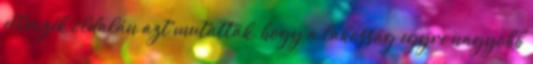
ellenzék oldalán azt mutatták, hogy a lakosság egyre nagyobb